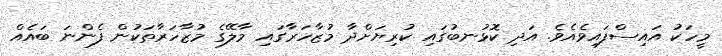
މީހަކު އައިސްފައިވެއެވެ. އަދި ކޮޅުނބުގައި ކުރިޔަށްދާ މުޒާހަރާގައި މާލޭގެ މުޒާހަރާތަކުން ފެންނަ ބައެއް